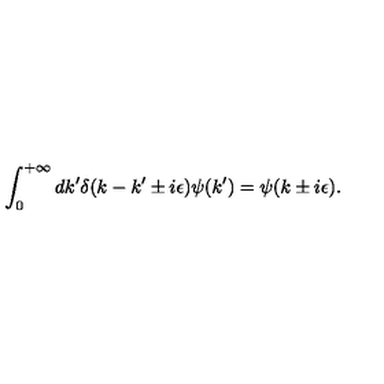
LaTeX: \int _ { 0 } ^ { + \infty } d k ^ { \prime } \delta ( k - k ^ { \prime } \pm i \epsilon ) \psi ( k ^ { \prime } ) = \psi ( k \pm i \epsilon ) .